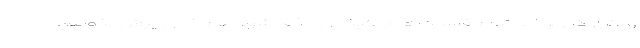
و اگر از کل برنامه تمام قسمت‌های علیخانی حذف شود هم خللی پیش نخواهد